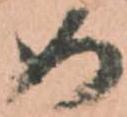
め